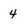
Character: 4